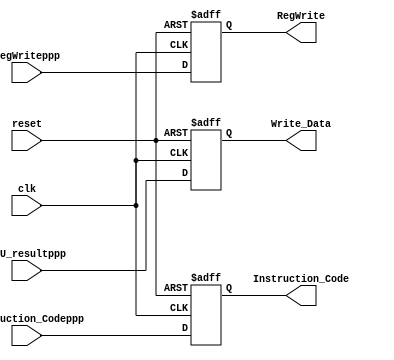
// ID/EX REGISTER FILE
// At every positive edge of the clock output signals for next stage

module EX_WB_Register_File(clk, reset, ALU_resultppp,Instruction_Codeppp, RegWriteppp, Write_Data, Instruction_Code, RegWrite);

//Declare inputs to the Unit
input clk;
input reset;
input [7:0] ALU_resultppp;
input [2:0] Instruction_Codeppp;
input RegWriteppp;

//Declare Outputs
output [7:0] Write_Data;
output [2:0] Instruction_Code;
output RegWrite;

// Declare latched intermediates
reg [7:0] Write_Dat;
reg [2:0] Ins_Code;
reg RW;

//Asynchronously read registers
assign Write_Data = Write_Dat;
assign Instruction_Code = Ins_Code;
assign RegWrite = RW;

always@(posedge clk or negedge reset)
begin
if(reset==0)
begin
	Write_Dat<=0;
	Ins_Code<=3'bzzz;
	RW<=0;
end
else
begin
	Write_Dat<=ALU_resultppp;
	Ins_Code<=Instruction_Codeppp;
	RW<=RegWriteppp;
end
end

endmodule